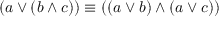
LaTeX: ( a \lor ( b \land c ) ) \equiv ( ( a \lor b ) \land ( a \lor c ) )